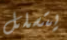
يتسلل